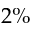
2 \%